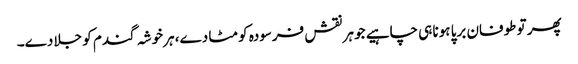
پھر تو طوفان برپا ہونا ہی چاہیے جو ہر نقش فرسودہ کو مٹا دے، ہرخوشہ گندم کو جلا دے۔